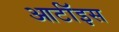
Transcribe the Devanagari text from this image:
आर्टॉइस